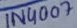
Text: 1N4007